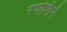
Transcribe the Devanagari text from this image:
रणशिंगे